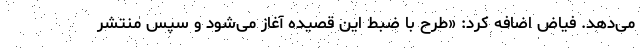
می‌دهد. فیاض اضافه کرد: «طرح با ضبط این قصیده آغاز می‌شود و سپس منتشر